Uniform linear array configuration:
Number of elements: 24
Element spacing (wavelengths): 0.25
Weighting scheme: cosine
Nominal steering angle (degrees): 45
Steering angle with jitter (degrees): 45.147
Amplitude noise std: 0.05
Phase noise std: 0.05

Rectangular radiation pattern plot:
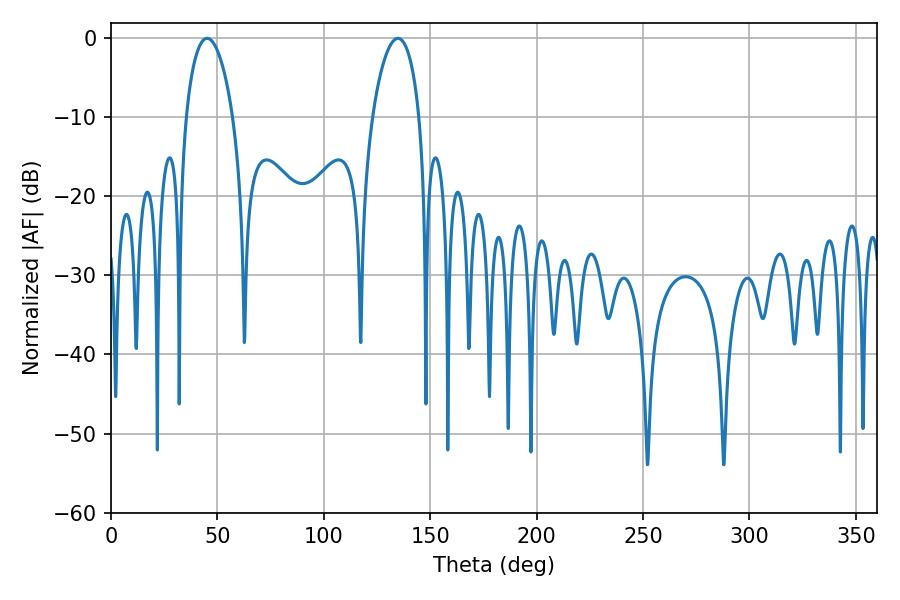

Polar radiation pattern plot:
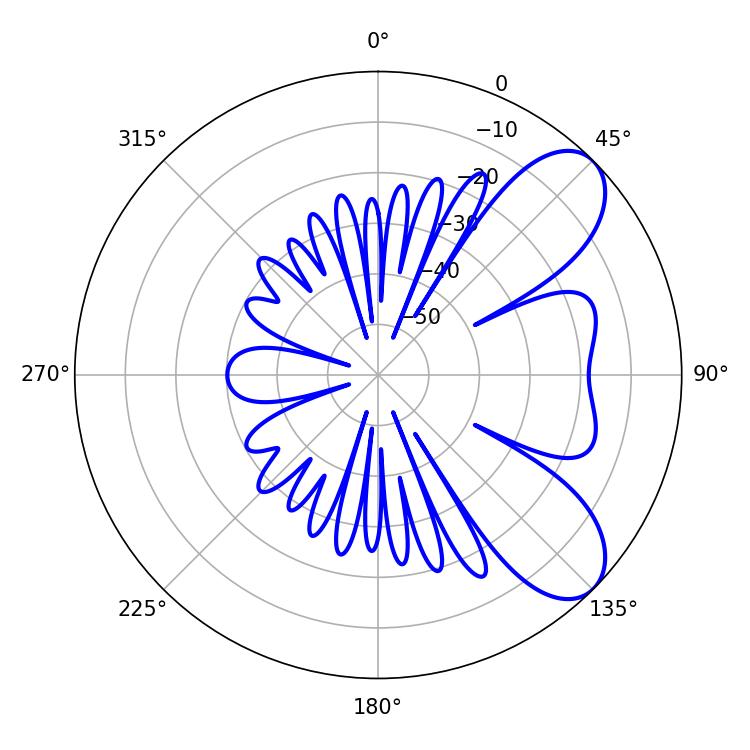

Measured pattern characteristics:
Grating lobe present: FALSE
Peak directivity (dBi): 7.624
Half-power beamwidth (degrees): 12.6
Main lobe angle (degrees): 45.18